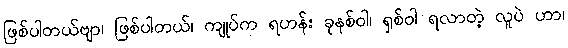
ဖြစ်ပါတယ်ဗျာ၊ ဖြစ်ပါတယ်၊ ကျုပ်က ရဟန်း ခုနစ်ဝါ၊ ရှစ်ဝါ ရလာတဲ့ လူပဲ ဟာ၊